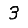
Digit: 3